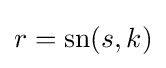
r=\operatorname {sn} (s,k)